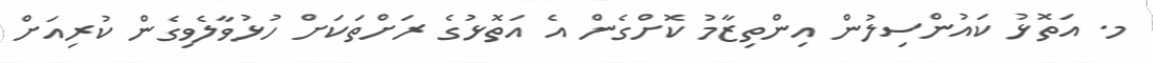
މ. އަތޮޅު ކައުންސިލުން އިންތިޒާމު ކޮށްގެން އެ އަތޮޅުގެ ރަށްތަކަށް ހުޅުވާލެވިގެން ކުރިއަށް